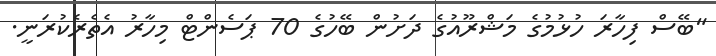
"ބޭސް ފިހާރަ ހުޅުމުގެ މަޝްރޫއުގެ ދަށުން ބޭހުގެ 70 ޕަސެންޓް މިހާރު އެތެރެކުރަނީ.